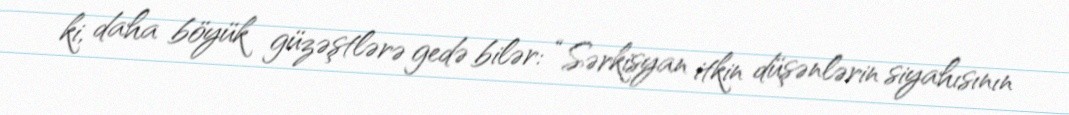
ki, daha böyük güzəştlərə gedə bilər: “Sərkisyan itkin düşənlərin siyahısının